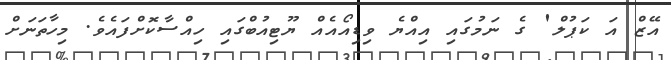
އޭޒް އަ ކަޕުލް' ގެ ނަމުގައި އިއްޔެ ވިޑިއޯއެއް ޔޫޓިއުބްގައި ހިއްސާކޮށްފައެވެ. މިހާތަނަށް